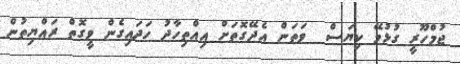
ޖުމްހޫރީ ގުޅުމޭ ކިޔަސް  ވަތަން އެދޭގޮތަށް އިއްތިހާދު ހަދައިގެން ވީގޮތް ރައްޔިތުން